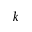
k